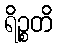
ရိဉ္စတိ